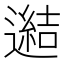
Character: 𨗟